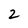
Character: 2